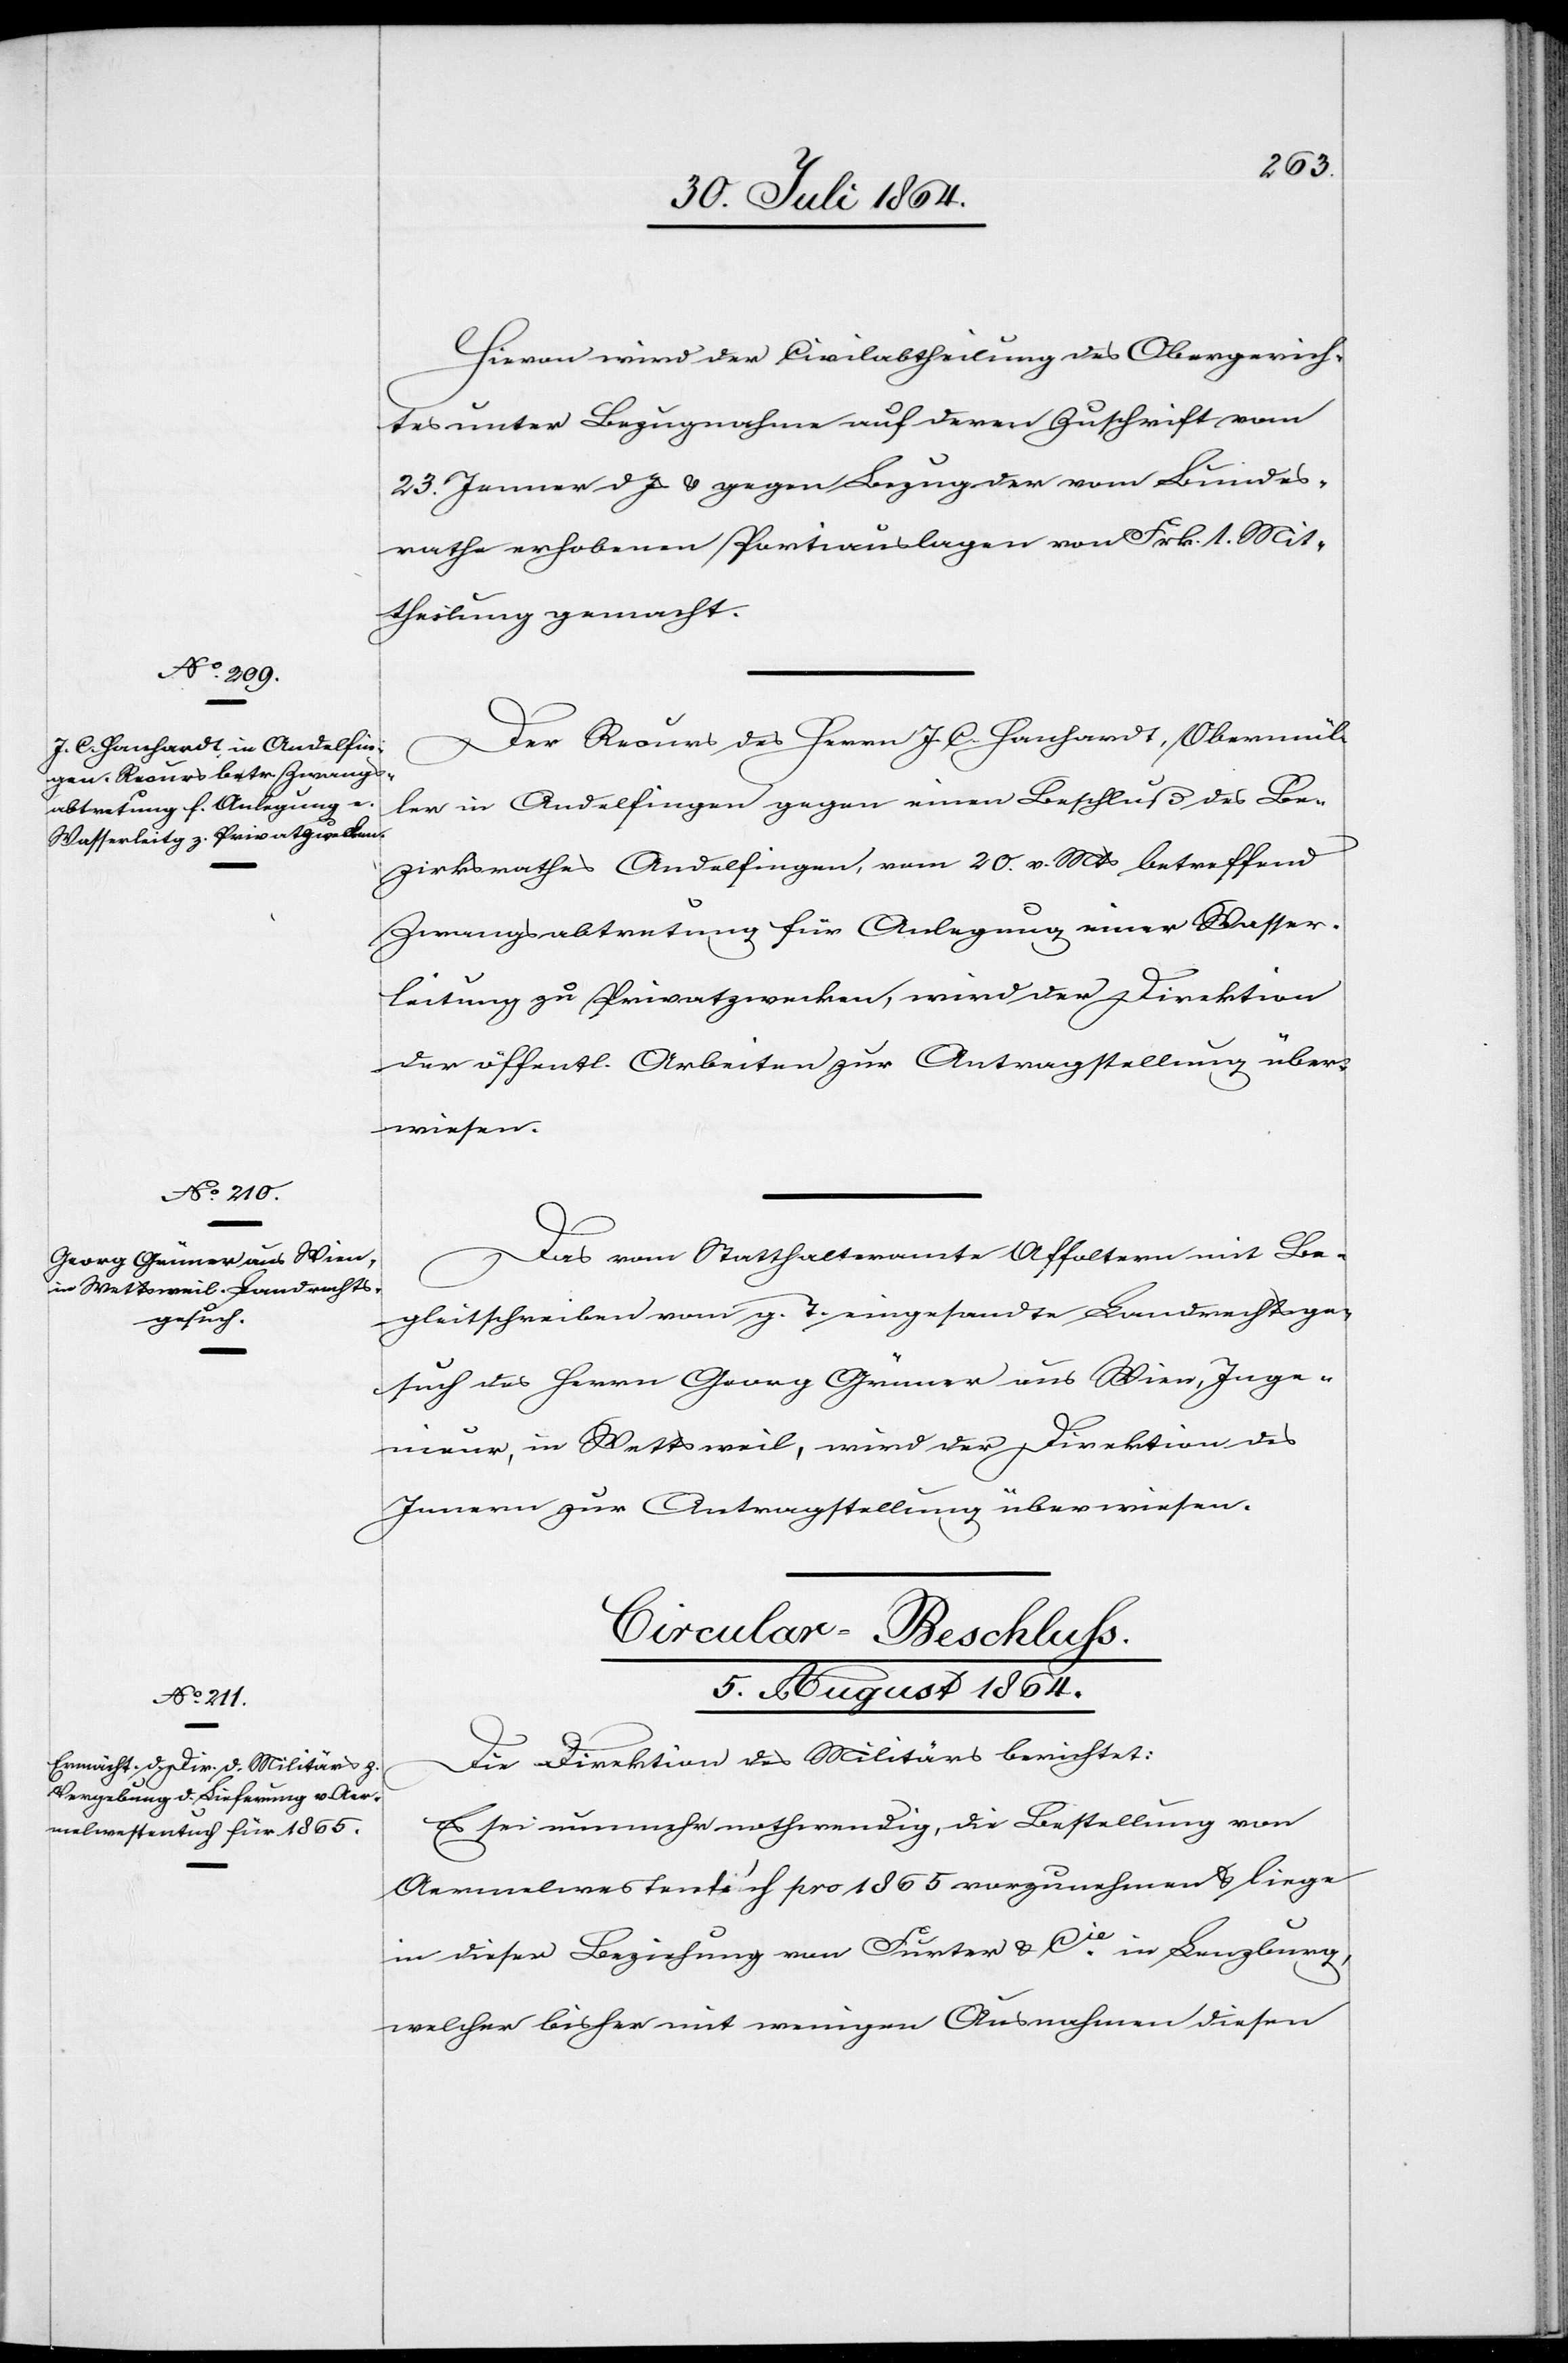
Hievon wird der Civilabtheilung des Obergerich¬
tes unter Bezugnahme auf deren Zuschrift vom
23. Jenner d. Js. & gegen Bezug der vom Bundes¬
rathe erhobenen Portiauslagen von Frk. 1. Mit¬
theilung gemacht.
Der Recurs des Herrn J. C. Hanhardt, Obermül¬
ler in Andelfingen gegen einen Beschluß des Be¬
4.
zirksrathes Andelfingen, vom 20. v. Mts. betreffend
Zwangsabtretung für Anlegung einer Wasser¬
leitung zu Privatzwecken, wird der Direktion
der öffentl. Arbeiten zur Antragstellung über¬
wiesen.
Das vom Statthalteramte Affoltern mit Be¬
gleitschreiben vom g. T. eingesandte Landrechtsge¬
such des Herrn Georg Grüner aus Wien, Inge¬
nieur, in Wettsweil, wird der Direktion des
Innern zur Antragstellung überwiesen.
Circular-Beschluss.
5. August 1864.
Die Direktion des Militärs berichtet:
Es sei nunmehr nothwendig, die Bestellung von
Aermelwestentuch pro 1865 vorzunehmen & liege
in dieser Beziehung von Furter & Cie. in Lenzburg,
welcher bisher mit wenigen Ausnahmen diesen